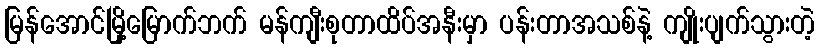
မြန်အောင်မြို့မြောက်ဘက် မန်ကျီးစုတာထိပ်အနီးမှာ ပန်းတာအသစ်နဲ့ ကျိုးပျက်သွားတဲ့